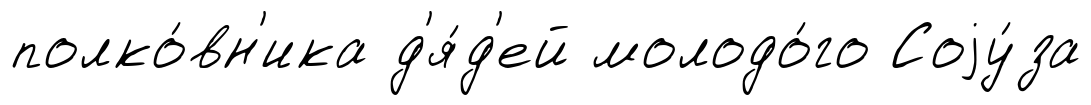
полко́вн'ика д'я́д'ей молодо́го Соjу́за